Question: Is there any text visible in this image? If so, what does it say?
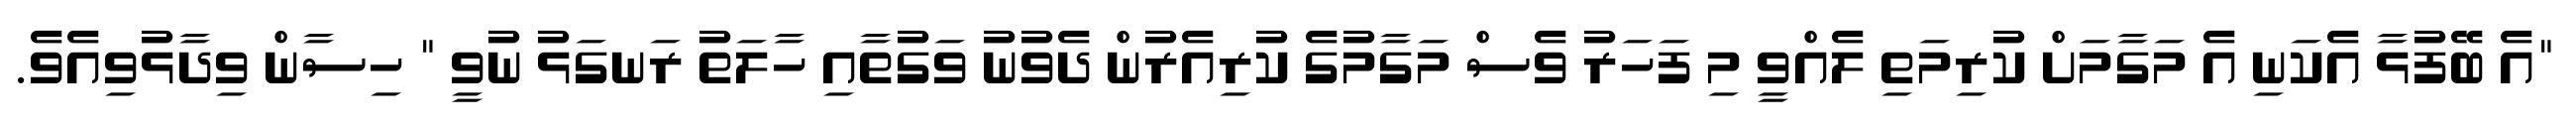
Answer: "އެ ބޭފުޅާ އެކަނި އެ މަގާމަށް ކުރިމަތި ލެއްވީ މި ފަހަރު ވެސް މަގާމުގެ ކުރިއެރުން ދެވުނު ވަގުތާއި ހާލަތު ރަނގަޅު ނުވީ " ހިސާން ވިދާޅުވިއެވެ.